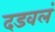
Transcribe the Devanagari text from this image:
दडवलं